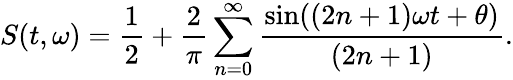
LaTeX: S(t,\omega)=\frac{1}{2}+\frac{2}{\pi}\sum_{n=0}^{\infty}\frac{\sin((2n+1)\omega t+\theta)}{(2n+1)}.